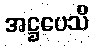
အဋ္ဌပေသိ